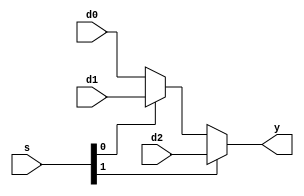
`timescale 1ns / 1ps
//////////////////////////////////////////////////////////////////////////////////
// Company: 
// Engineer: 
// 
// Design Name: 
// Module Name: mux3
// Project Name: 
// Target Devices: 
// Tool Versions: 
// Description: 
// 
// Dependencies: 
// 
// Revision:
// Revision 0.01 - File Created
// Additional Comments:
// 
//////////////////////////////////////////////////////////////////////////////////


module mux3 #(parameter WIDTH = 8) (d0, d1, d2, s, y);
  input [WIDTH-1:0] d0, d1, d2;
  input [1:0] s;
  output [WIDTH-1:0] y;

  assign y = s[1] ? d2 : (s[0] ? d1 : d0);
endmodule